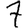
Digit: 7